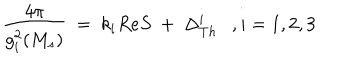
{ \frac { 4 \pi } { g _ { i } ^ { 2 } ( M _ { s } ) } } \ = \ k _ { i } R e S \ + \ \Delta _ { T h } ^ { i } \ \ \ , i = 1 , 2 , 3